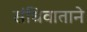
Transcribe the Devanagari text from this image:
संधिवाताने